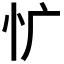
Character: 𰐾